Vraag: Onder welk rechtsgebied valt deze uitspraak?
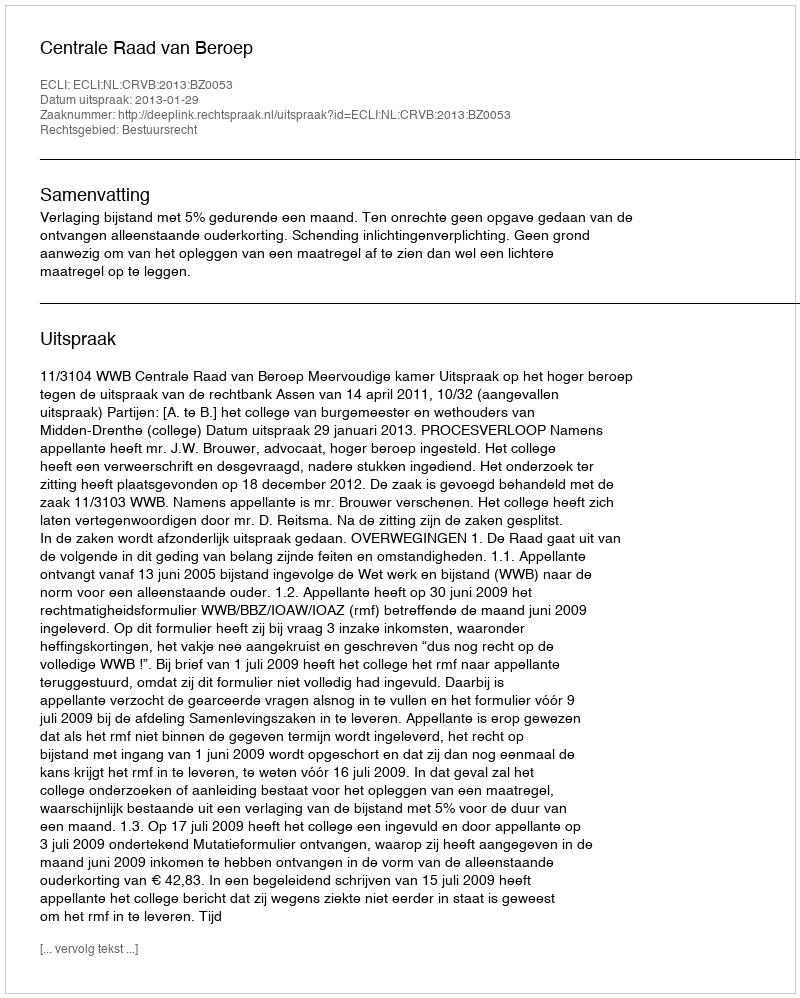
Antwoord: Bestuursrecht